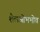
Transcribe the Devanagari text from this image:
शैलओभभोव